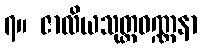
၇။ ဇာလိယသုတ္တဝဏ္ဏနာ